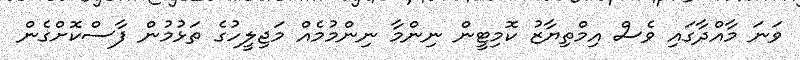
ވަނަ މާއްދާގައި ވެސް އިމްތިޔާޒު ކޮމިޓީން ނިންމާ ނިންމުމެއް މަޖިލީހުގެ ތަޅުމުން ފާސްކޮށްގެން